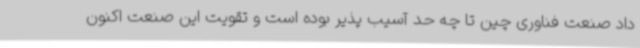
داد صنعت فناوری چین تا چه حد آسیب پذیر بوده است و تقویت این صنعت اکنون